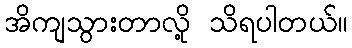
အိကျသွားတာလို့ သိရပါတယ်။